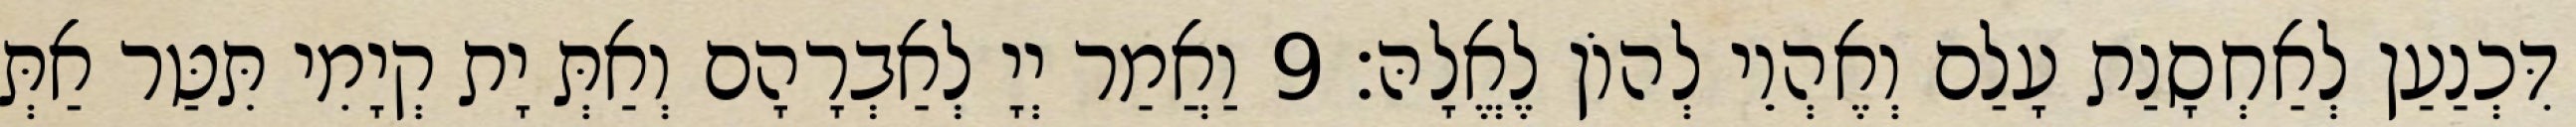
דִּכְנַעַן לְאַחְסָנַת עָלַם וְאֶהְוֵי לְהוֹן לֶאֱלָהּ׃ 9 וַאֲמַר יְיָ לְאַבְרָהָם וְאַתְּ יָת קְיָמִי תִּטַּר אַתְּ